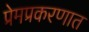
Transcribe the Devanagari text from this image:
प्रेमप्रकरणात